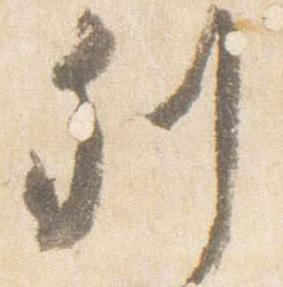
列